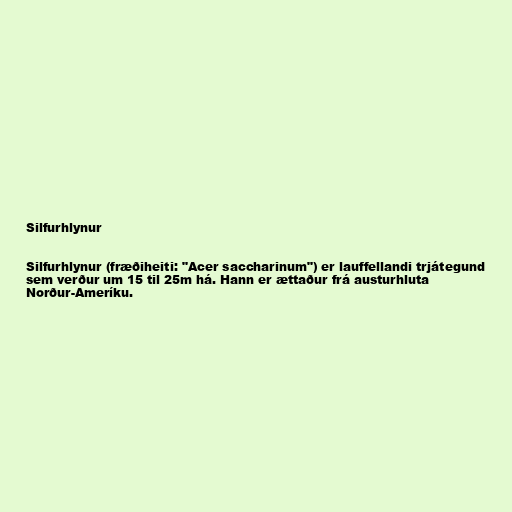
Silfurhlynur

Silfurhlynur (fræðiheiti: "Acer saccharinum") er lauffellandi trjátegund
sem verður um 15 til 25m há. Hann er ættaður frá austurhluta
Norður-Ameríku.